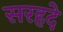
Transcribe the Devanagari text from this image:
सरहदे